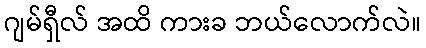
ဂျမ်ရှီလ် အထိ ကားခ ဘယ်လောက်လဲ။